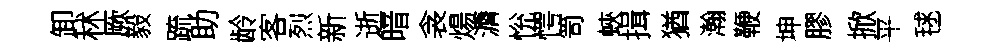
卸秫厥毅䟽助龄客烈新逝暗衾煬漘恱愕笥蛺揖猶瀚鞭坤膠掀平毬